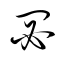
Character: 閟